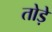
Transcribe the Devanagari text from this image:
तोड़ें